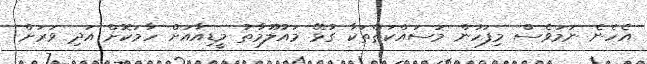
އެހެނެ ނަމަވެސް މިފަހުން މަސައްކަތްތަކާ ގުޅޭ މައުލޫމާތު މީޑިއާއަށް ހާމަކޮށް އަދި ވަަރަށް